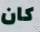
كان